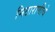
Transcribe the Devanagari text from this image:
मिठाराणीचे